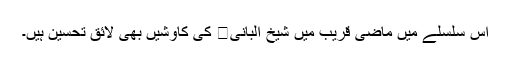
اس سلسلے میں ماضی قریب میں شیخ البانی کی کاوشیں بھی لائق تحسین ہیں۔